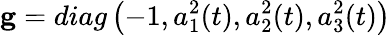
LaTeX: \mathbf{g}=diag\left(-1,a_{1}^{2}(t),a_{2}^{2}(t),a_{3}^{2}(t)\right)